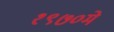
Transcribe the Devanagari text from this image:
१९७०मे